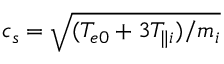
c _ { s } = \sqrt { ( T _ { e 0 } + 3 T _ { \parallel i } ) / m _ { i } }